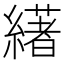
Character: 𦅷